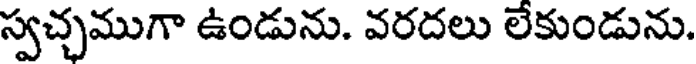
స్వచ్చముగా ఉండును. వరదలు లేకుండును.